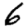
Digit: 6